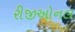
રીજીઓનલ